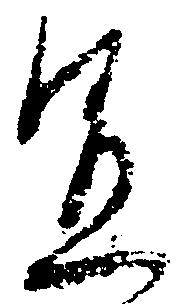
宜